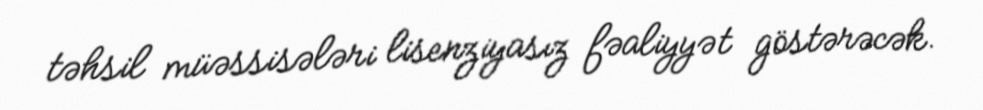
təhsil müəssisələri lisenziyasız fəaliyyət göstərəcək.